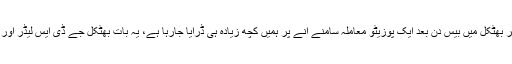
پڑوسی شہر مینگلور میں ہر روز ایسے معاملات سامنے آرہے ہیں مگر بھٹکل میں بیس دن بعد ایک پوزیٹو معاملہ سامنے آنے پر ہمیں کچھ زیادہ ہی ڈرایا جارہا ہے، یہ بات بھٹکل جے ڈی ایس لیڈر اور مجلس اصلاح و تنظیم کے سرگرم رکن عنایت اللہ شاہ بندری نے کہی۔